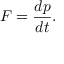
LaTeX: F = { \frac { d p } { d t } } .